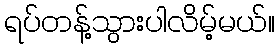
ရပ်တန့်သွားပါလိမ့်မယ်။